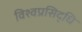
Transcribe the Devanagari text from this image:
विश्वप्रसिद्धि